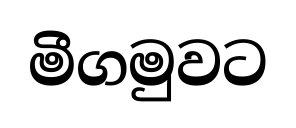
මීගමුවට